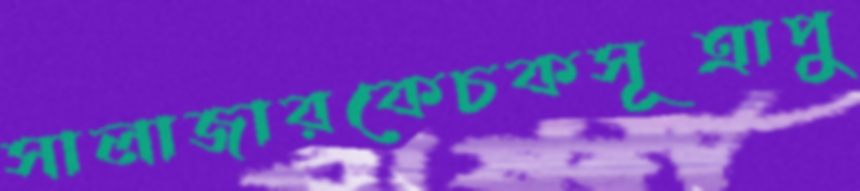
সালাজারকেচকসূত্রাপু